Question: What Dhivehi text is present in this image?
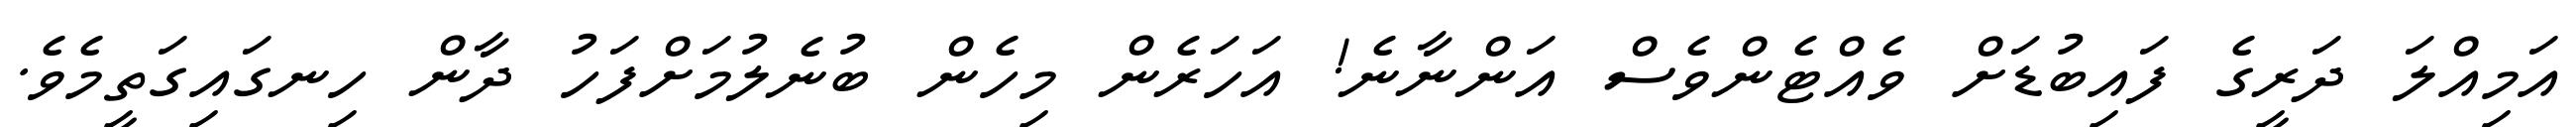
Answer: އަމިއްލަ ދަރީގެ ފައިބުޑަށް ވެއްޓެންވެސް އަންނާނެ! އަހަރެން މިހެން ބުނެލުމަށްފަހު ދާން ހިނގައިގަތީމެވެ.